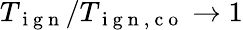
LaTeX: T_{\mathrm{~i~g~n~}}/T_{\mathrm{~i~g~n~,~c~o~}}\rightarrow 1